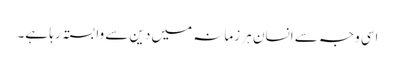
اسی وجہ سے انسان ہر زمانہ میں دین سے وابستہ رہا ہے۔